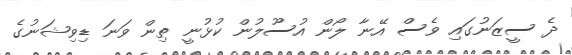
ދެ ސީޒަނުގައި ވެސް އޭނާ ލޯން އުސޫލުން ކުޅުނީ ތިން ވަނަ ޑިވިޝަނުގެ